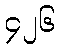
၄၂၆